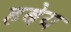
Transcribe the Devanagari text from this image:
हबेय